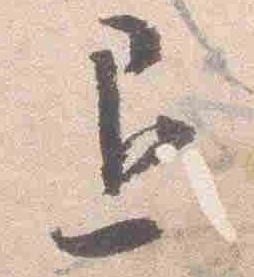
退